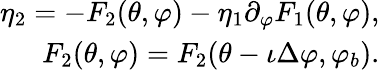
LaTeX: \begin{array}{r}{\eta_{2}=-F_{2}(\theta,\varphi)-\eta_{1}\partial_{\varphi}F_{1}(\theta,\varphi),}\\ {F_{2}(\theta,\varphi)=F_{2}(\theta-\iota\Delta\varphi,\varphi_{b}).}\end{array}